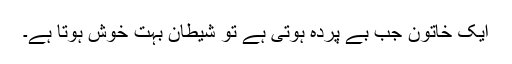
ایک خاتون جب بے پردہ ہوتی ہے تو شیطان بہت خوش ہوتا ہے۔